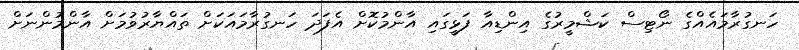
ހަނގުރާމައެއްގެ ނޯޓިސް ކަޝްމީރުގެ އިންޑިއާ ފަޅީގައި އާންމުކޮށް އެފަދަ ހަނގުރާމައަކަށް ތައްޔާރުވުމަށް އާންމުންނަށް